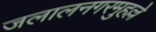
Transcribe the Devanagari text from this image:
जलालनगरमुहल्ले